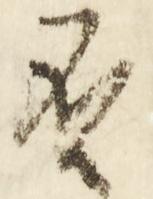
否